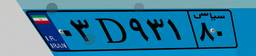
۲۹D۲۴۸۱۲